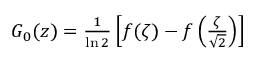
\begin{array} { r } { G _ { 0 } ( z ) = \frac { 1 } { \ln 2 } \left[ f ( \zeta ) - f \left( \frac { \zeta } { \sqrt { 2 } } \right) \right] } \end{array}